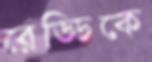
রেড্ডিকে